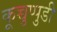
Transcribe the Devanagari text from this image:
कूच्चुप्पुडी